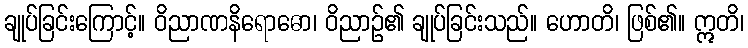
ချုပ်ခြင်းကြောင့်။ ဝိညာဏနိရောဓော၊ ဝိညာဉ်၏ ချုပ်ခြင်းသည်။ ဟောတိ၊ ဖြစ်၏။ ဣတိ၊